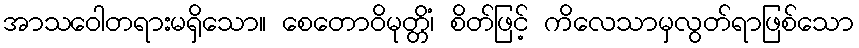
အာသဝေါတရားမရှိသော။ စေတောဝိမုတ္တိံ၊ စိတ်ဖြင့် ကိလေသာမှလွတ်ရာဖြစ်သော